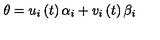
\theta = u _ { i } \left( t \right) \alpha _ { i } + v _ { i } \left( t \right) \beta _ { i }